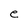
Character: e